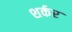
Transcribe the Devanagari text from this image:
शर्कर